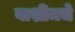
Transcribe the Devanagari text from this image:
वाशीमचे